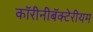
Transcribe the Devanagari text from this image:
कॉरीनीबॅक्टेरीयम